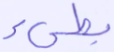
بطيء